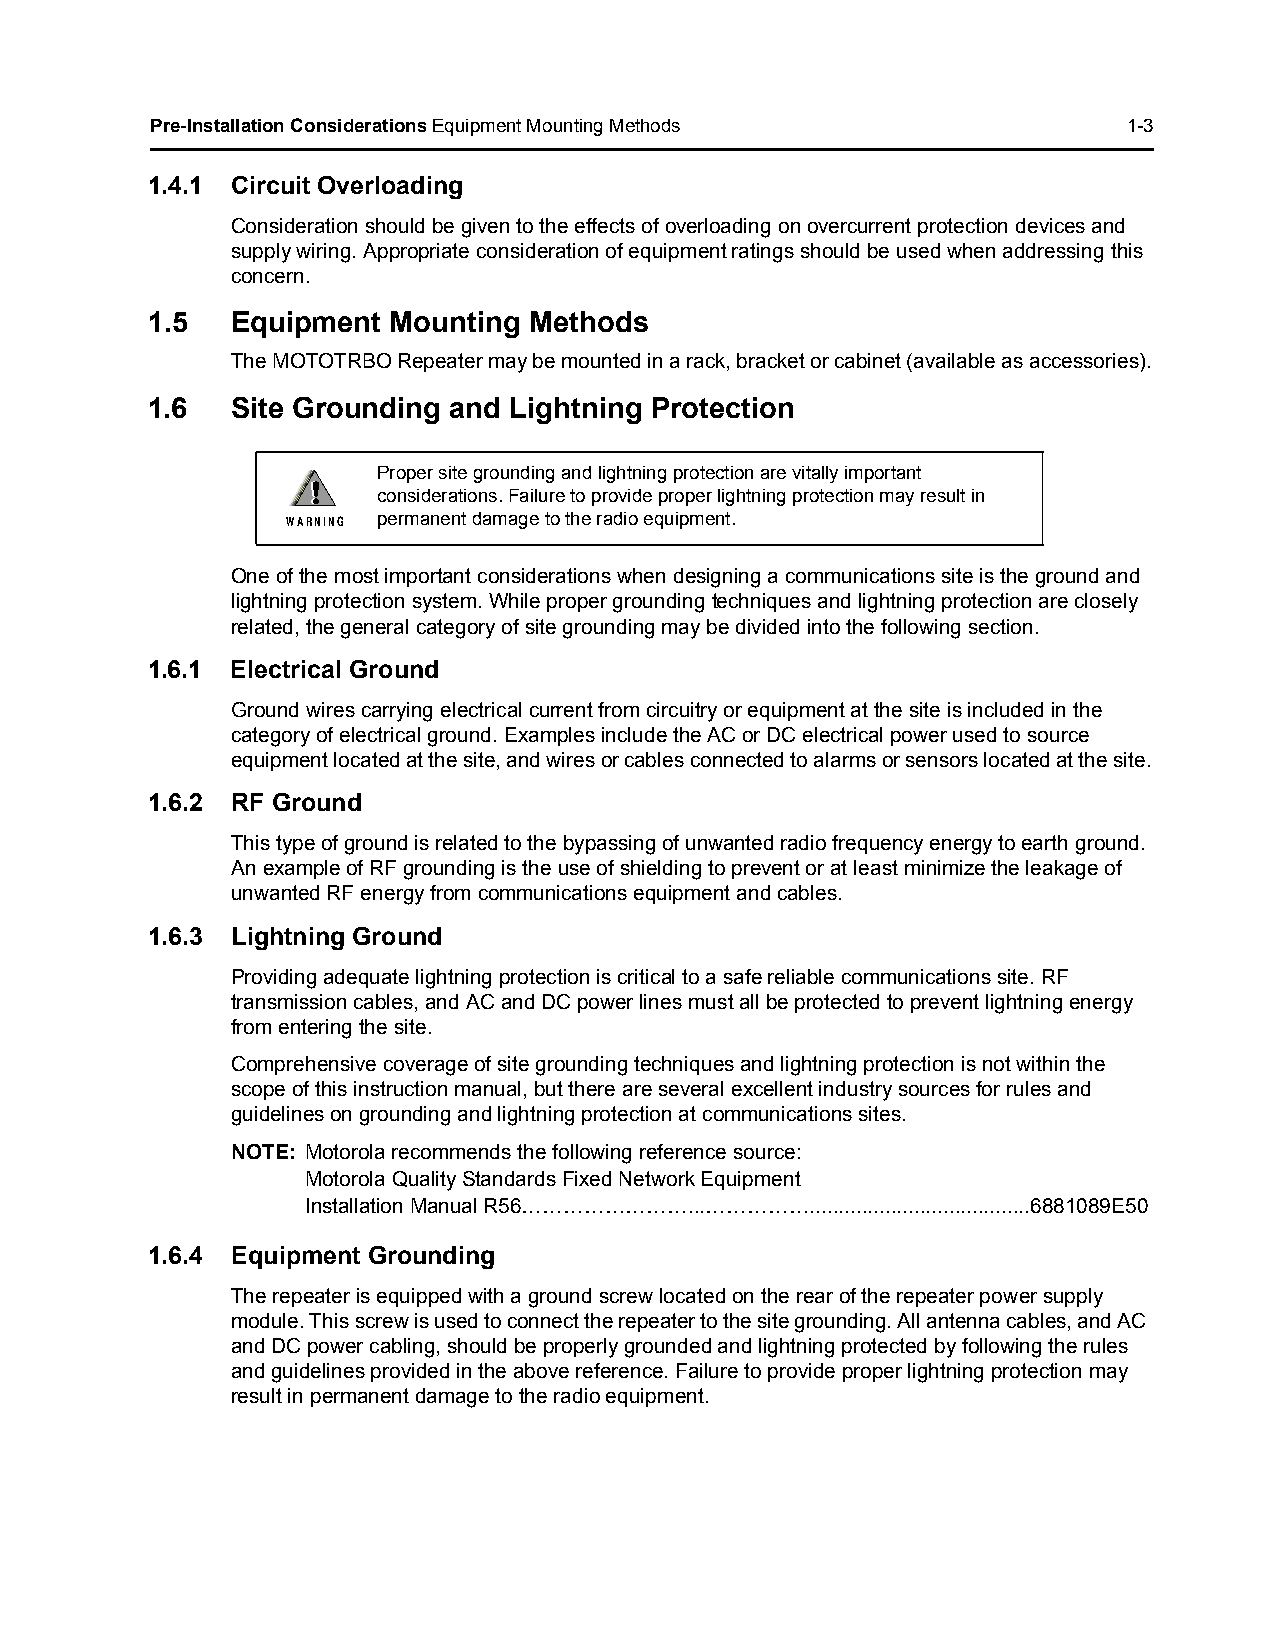
Pre-Installation Considerations Equipment Mounting Methods       1-3
 1.4.1 Circuit Overloading
 Consideration should be given to the effects of overloading on overcurrent protection devices and
 supply wiring. Appropriate consideration of equipment ratings should be used when addressing this
 concern.
 1.5  Equipment  Mounting Methods
 The MOTOTRBO Repeater may be mounted in a rack, bracket or cabinet (available as accessories).
 1.6  Site Grounding and Lightning Protection
 Proper site grounding and lightning protection are vitally important
 !!
 considerations. Failure to provide proper lightning protection may result in
 W A R N I N G permanent damage to the radio equipment.
 One of the most important considerations when designing a communications site is the ground and
 lightning protection system. While proper grounding techniques and lightning protection are closely
 related, the general category of site grounding may be divided into the following section.
 1.6.1 Electrical Ground
 Ground wires carrying electrical current from circuitry or equipment at the site is included in the
 category of electrical ground. Examples include the AC or DC electrical power used to source
 equipment located at the site, and wires or cables connected to alarms or sensors located at the site.
 1.6.2 RF Ground
 This type of ground is related to the bypassing of unwanted radio frequency energy to earth ground.
 An example of RF grounding is the use of shielding to prevent or at least minimize the leakage of
 unwanted RF energy from communications equipment and cables.
 1.6.3 Lightning Ground
 Providing adequate lightning protection is critical to a safe reliable communications site. RF
 transmission cables, and AC and DC power lines must all be protected to prevent lightning energy
 from entering the site.
 Comprehensive coverage of site grounding techniques and lightning protection is not within the
 scope of this instruction manual, but there are several excellent industry sources for rules and
 guidelines on grounding and lightning protection at communications sites.
 NOTE: Motorola recommends the following reference source:
 Motorola Quality Standards Fixed Network Equipment
 Installation Manual R56……………………...……………......................................6881089E50
 1.6.4 Equipment Grounding
 The repeater is equipped with a ground screw located on the rear of the repeater power supply
 module. This screw is used to connect the repeater to the site grounding. All antenna cables, and AC
 and DC power cabling, should be properly grounded and lightning protected by following the rules
 and guidelines provided in the above reference. Failure to provide proper lightning protection may
 result in permanent damage to the radio equipment.